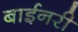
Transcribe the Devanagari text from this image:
बाईनरी